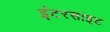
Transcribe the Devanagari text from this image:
इंटरसाइट